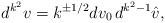
\begin{align*}d^{k^2}v=k^{\pm1/2}dv_0\,d^{k^2-1}\hat v,\end{align*}